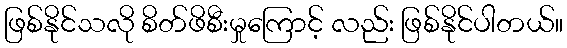
ဖြစ်နိုင်သလို စိတ်ဖိစီးမှုကြောင့် လည်း ဖြစ်နိုင်ပါတယ်။